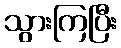
သွားကြပြီး